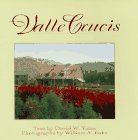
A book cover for Valle Crucis, North Carolina; David W. Yates; Travel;